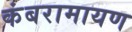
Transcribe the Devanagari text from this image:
कंबरामायण